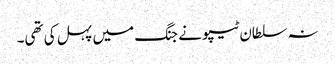
نہ سلطان ٹیپو نے جنگ میں پہل کی تھی۔